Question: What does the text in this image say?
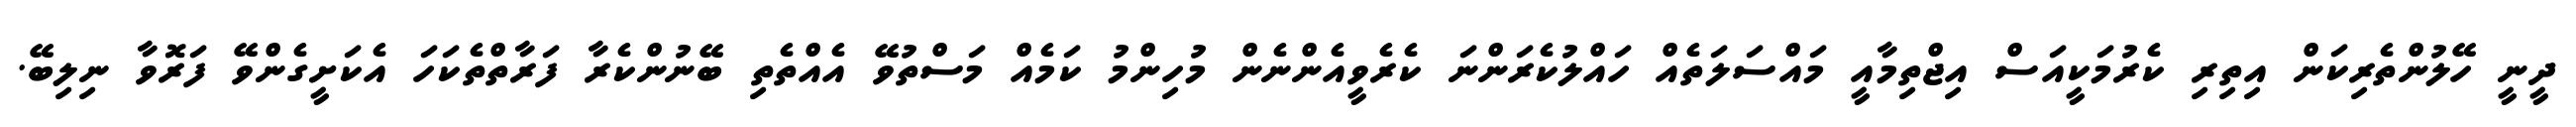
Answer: ދީނީ ހޭލުންތެރިކަން އިތިރި ކެރުމަކީއަސް އިޖްތިމާއީ މައްސަލަތެއް ހައްލުކެރަންނަ ކެރެވީއެންނެން މުހިންމު ކަމެއް މަސްތުވޭ އެއްތެތި ބޭނުންކެރާ ފަރާތްތެކަހަ އެކަށީގެންވޭ ފަރޮވާ ނިލިބޭ.